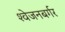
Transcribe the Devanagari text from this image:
श्‍वेजनबर्गर